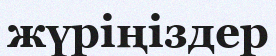
жүріңіздер